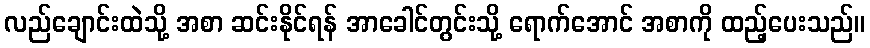
လည်ချောင်းထဲသို့ အစာ ဆင်းနိုင်ရန် အာခေါင်တွင်းသို့ ရောက်အောင် အစာကို ထည့်ပေးသည်။